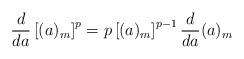
LaTeX: \begin{align*}\frac{d}{da} \left[(a)_m\right]^p = p \left[(a)_m\right]^{p-1} \frac{d}{da} (a)_m\end{align*}